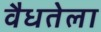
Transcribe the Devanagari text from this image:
वैधतेला